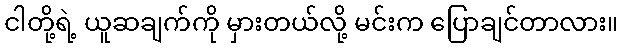
ငါတို့ရဲ့ ယူဆချက်ကို မှားတယ်လို့ မင်းက ပြောချင်တာလား။